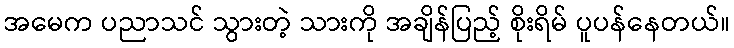
အမေက ပညာသင် သွားတဲ့ သားကို အချိန်ပြည့် စိုးရိမ် ပူပန်နေတယ်။